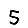
Digit: 5